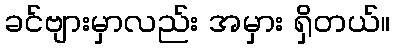
ခင်ဗျားမှာလည်း အမှား ရှိတယ်။